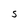
Character: S